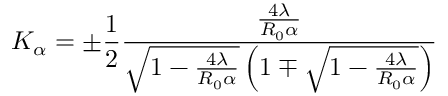
K _ { \alpha } = \pm \frac { 1 } { 2 } \frac { \frac { 4 \lambda } { R _ { 0 } \alpha } } { \sqrt { 1 - \frac { 4 \lambda } { R _ { 0 } \alpha } } \left( 1 \mp \sqrt { 1 - \frac { 4 \lambda } { R _ { 0 } \alpha } } \right) }